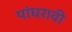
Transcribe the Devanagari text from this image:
पांघरावी